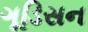
ગૂડિસન